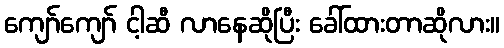
ကျော်ကျော် ငါ့ဆီ လာနေဆိုပြီး ခေါ်ထားတာဆိုလား။